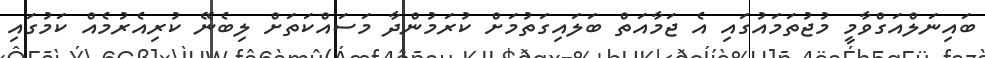
ބައިނަލްއަގްވާމީ މުޖުތަމައުގައި އެ ޖަމާއަތް ބަލައިގަތުމަށް ކުރަމުންދާ މަސައްކަތަށް ލިބެނޭ ކުރިއެރުމެެއް ކަމުގައި